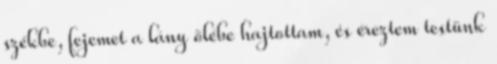
székbe, fejemet a lány ölébe hajtottam, és éreztem testünk